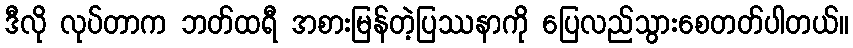
ဒီလို လုပ်တာက ဘတ်ထရီ အစားမြန်တဲ့ပြဿနာကို ပြေလည်သွားစေတတ်ပါတယ်။